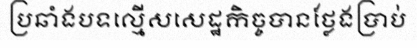
ប្រឆាំងបទល្មើសសេដ្ឋកិច្ចបានថ្លែងប្រាប់